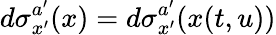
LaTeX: d\sigma_{x^{\prime}}^{a^{\prime}}(x)=d\sigma_{x^{\prime}}^{a^{\prime}}(x(t,u))